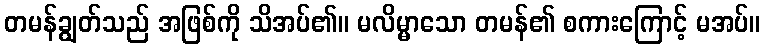
တမန်ချွတ်သည် အဖြစ်ကို သိအပ်၏။ မလိမ္မာသော တမန်၏ စကားကြောင့် မအပ်။